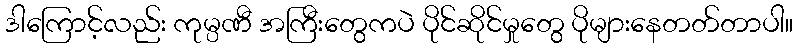
ဒါကြောင့်လည်း ကုမ္ပဏီ အကြီးတွေကပဲ ပိုင်ဆိုင်မှုတွေ ပိုများနေတတ်တာပါ။